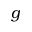
g